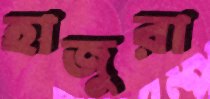
হাজুরা